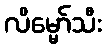
လိမ္မော်သီး